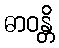
ဓာဝန္တိ